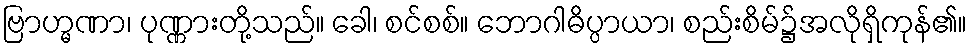
ဗြာဟ္မဏာ၊ ပုဏ္ဏားတို့သည်။ ခေါ၊ စင်စစ်။ ဘောဂါဓိပ္ပာယာ၊ စည်းစိမ်၌အလိုရှိကုန်၏။